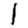
Digit: 1